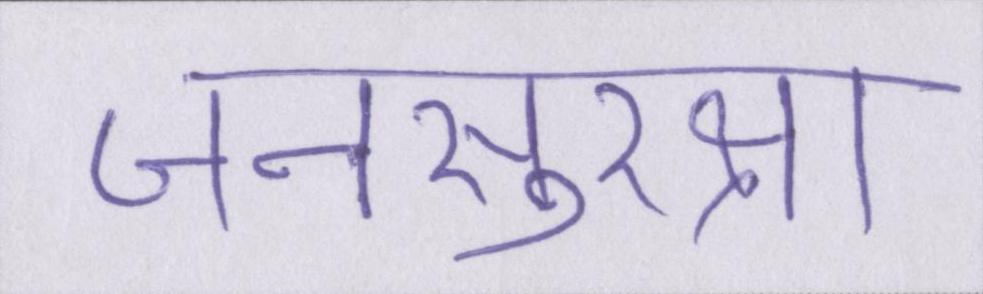
जनसुरक्षा